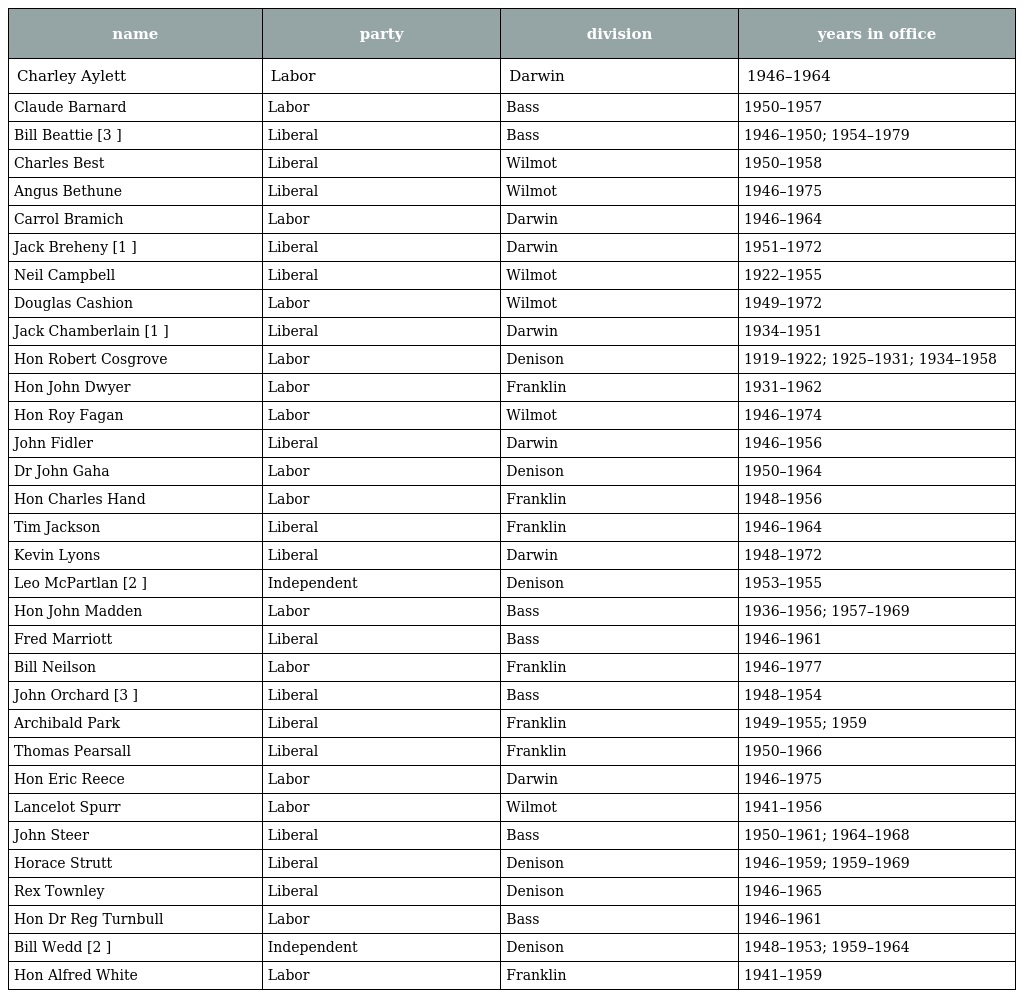
| name | party | division | years in office |
 | --- | --- | --- | --- |
 | Charley Aylett | Labor | Darwin | 1946–1964 |
 | Claude Barnard | Labor | Bass | 1950–1957 |
 | Bill Beattie [3 ] | Liberal | Bass | 1946–1950; 1954–1979 |
 | Charles Best | Liberal | Wilmot | 1950–1958 |
 | Angus Bethune | Liberal | Wilmot | 1946–1975 |
 | Carrol Bramich | Labor | Darwin | 1946–1964 |
 | Jack Breheny [1 ] | Liberal | Darwin | 1951–1972 |
 | Neil Campbell | Liberal | Wilmot | 1922–1955 |
 | Douglas Cashion | Labor | Wilmot | 1949–1972 |
 | Jack Chamberlain [1 ] | Liberal | Darwin | 1934–1951 |
 | Hon Robert Cosgrove | Labor | Denison | 1919–1922; 1925–1931; 1934–1958 |
 | Hon John Dwyer | Labor | Franklin | 1931–1962 |
 | Hon Roy Fagan | Labor | Wilmot | 1946–1974 |
 | John Fidler | Liberal | Darwin | 1946–1956 |
 | Dr John Gaha | Labor | Denison | 1950–1964 |
 | Hon Charles Hand | Labor | Franklin | 1948–1956 |
 | Tim Jackson | Liberal | Franklin | 1946–1964 |
 | Kevin Lyons | Liberal | Darwin | 1948–1972 |
 | Leo McPartlan [2 ] | Independent | Denison | 1953–1955 |
 | Hon John Madden | Labor | Bass | 1936–1956; 1957–1969 |
 | Fred Marriott | Liberal | Bass | 1946–1961 |
 | Bill Neilson | Labor | Franklin | 1946–1977 |
 | John Orchard [3 ] | Liberal | Bass | 1948–1954 |
 | Archibald Park | Liberal | Franklin | 1949–1955; 1959 |
 | Thomas Pearsall | Liberal | Franklin | 1950–1966 |
 | Hon Eric Reece | Labor | Darwin | 1946–1975 |
 | Lancelot Spurr | Labor | Wilmot | 1941–1956 |
 | John Steer | Liberal | Bass | 1950–1961; 1964–1968 |
 | Horace Strutt | Liberal | Denison | 1946–1959; 1959–1969 |
 | Rex Townley | Liberal | Denison | 1946–1965 |
 | Hon Dr Reg Turnbull | Labor | Bass | 1946–1961 |
 | Bill Wedd [2 ] | Independent | Denison | 1948–1953; 1959–1964 |
 | Hon Alfred White | Labor | Franklin | 1941–1959 |